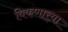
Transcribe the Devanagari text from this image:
विकणार्‍या